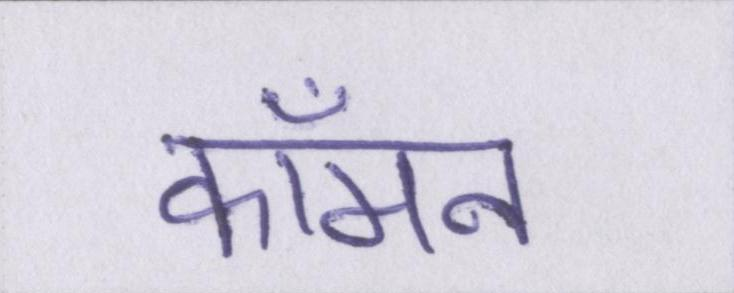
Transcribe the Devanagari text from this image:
कॉमन